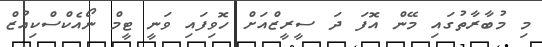
މި މުބާރާތުގައި މޭން އޮފަ ދަ ސީރީޒްއަށް ހޮވިފައި ވަނީ ޓީމް ނޯއެކްސްކިއުޒް